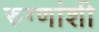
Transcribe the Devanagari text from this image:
रुग्णांशी